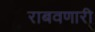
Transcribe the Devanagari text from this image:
राबवणारी